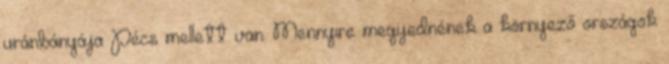
uránbányája Pécs mellett van. Mennyire megijednének a környező országok